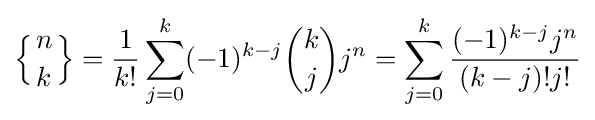
\left\{{n \atop k}\right\}={\frac {1}{k!}}\sum _{j=0}^{k}(-1)^{k-j}{k \choose j}j^{n}=\sum _{j=0}^{k}{\frac {(-1)^{k-j}j^{n}}{(k-j)!j!}}